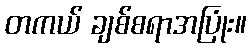
တကယ် ချစ်စရာအပြုံး။